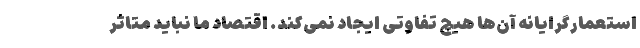
استعمارگرایانه آن‌ها هیچ تفاوتی ایجاد نمی‌کند. اقتصاد ما نباید متاثر